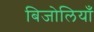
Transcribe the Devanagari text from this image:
बिजोलियाँ